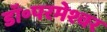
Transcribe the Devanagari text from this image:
डॉ॰परमेश्वर